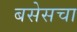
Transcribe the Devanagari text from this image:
बसेसचा